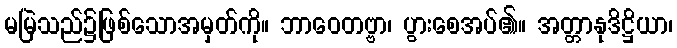
မမြဲသည်၌ဖြစ်သောအမှတ်ကို။ ဘာဝေတဗ္ဗာ၊ ပွားစေအပ်၏။ အတ္တာနုဒိဋ္ဌိယာ၊